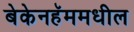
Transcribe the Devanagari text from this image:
बेकेनहॅममधील